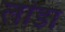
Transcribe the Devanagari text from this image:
लांडा